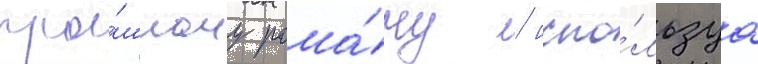
про́шлому рома́ну / испо́льзуа